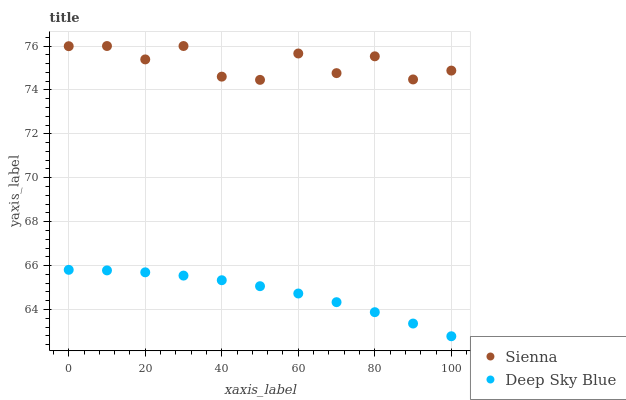
| xaxis_label | Sienna | Deep Sky Blue |
 | --- | --- | --- |
 | 0 | 76 | 65.8 |
 | 10 | 76 | 65.8 |
 | 20 | 75.4 | 65.7 |
 | 30 | 76 | 65.5 |
 | 40 | 74.6 | 65.3 |
 | 50 | 74.5 | 65.1 |
 | 60 | 75.7 | 64.7 |
 | 70 | 74.8 | 64.3 |
 | 80 | 75.5 | 63.9 |
 | 90 | 74.5 | 63.4 |
 | 100 | 74.9 | 62.8 |